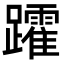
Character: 𮜩